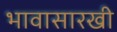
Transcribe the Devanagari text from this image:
भावासारखी